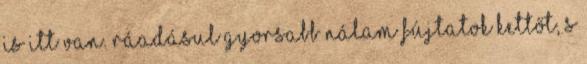
is itt van. Ráadásul gyorsabb nálam Fújtatok kettőt, s